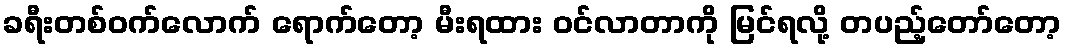
ခရီးတစ်ဝက်လောက် ရောက်တော့ မီးရထား ဝင်လာတာကို မြင်ရလို့ တပည့်တော်တော့